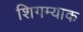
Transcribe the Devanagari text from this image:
शिगम्याक